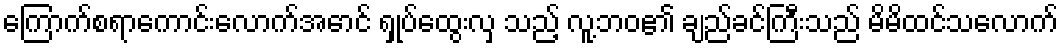
ကြောက်စရာကောင်းလောက်အောင် ရှုပ်ထွေးလှ သည့် လူ့ဘဝ၏ ချည်ခင်ကြီးသည် မိမိထင်သလောက်